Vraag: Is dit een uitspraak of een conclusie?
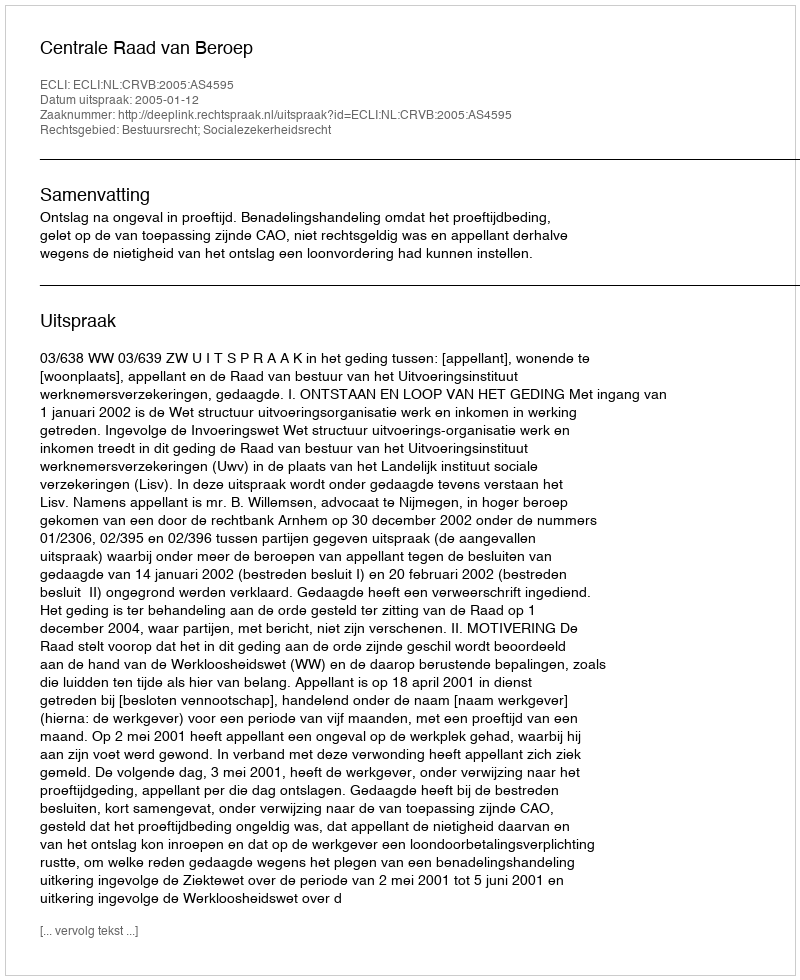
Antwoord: Uitspraak